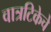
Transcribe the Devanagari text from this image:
वात्रटिकेचे